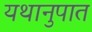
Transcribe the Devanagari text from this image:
यथानुपात